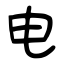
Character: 电